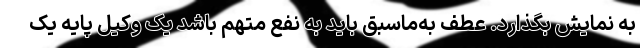
به نمایش بگذارد. عطف به‌ماسبق باید به نفع متهم باشد یک وکیل پایه یک